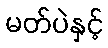
မတ်ပဲနှင့်